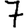
Digit: 7